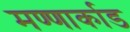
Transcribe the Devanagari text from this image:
मण्णार्काड